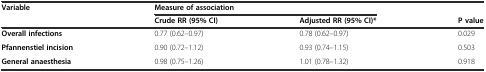
<table><thead><tr><td><b>Variable</b></td><td colspan="2"><b>Measure of association</b></td><td></td></tr><tr><td></td><td><b>Crude RR (95% CI)</b></td><td><b>Adjusted RR (95% CI)*</b></td><td><b>P value</b></td></tr></thead><tbody><tr><td><b>Overall infections</b></td><td>0.77 (0.62–0.97)</td><td>0.78 (0.62–0.97)</td><td>0.029</td></tr><tr><td><b>Pfannenstiel incision</b></td><td>0.90 (0.72–1.12)</td><td>0.93 (0.74–1.15)</td><td>0.503</td></tr><tr><td><b>General anaesthesia</b></td><td>0.98 (0.75–1.26)</td><td>1.01 (0.78–1.32)</td><td>0.918</td></tr></tbody></table>